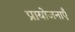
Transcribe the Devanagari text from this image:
प्रायोजनाएँ